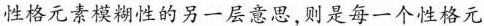
性格元素模糊性的另一层意思,则是每一个性格元